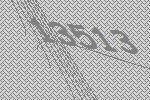
13513